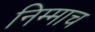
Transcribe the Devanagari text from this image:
निम्माच